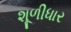
શૂળીધાર